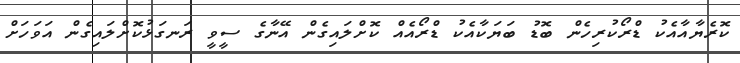
ކޮރެޔާއާއެކު ޑްރޯކުރިހެން ބޮޑު ބަޔަކާއެކު ޑްރޯއެއް ކޮށްލައިގެން އޭނާގެ ސީވީ ރަނގަޅުކޮށްލައިގެން އަވަހަށް